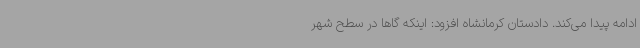
ادامه پیدا می‌کند. دادستان کرمانشاه افزود: اینکه گاها در سطح شهر